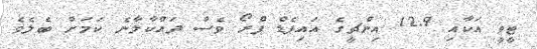
ޓީވީ އަކާއި 12.9 އިންޗީގެ އައިޕެޑް ޕްރޯ ވެސް ދައްކާލާނެ ކަމަށް ބެލެވެ